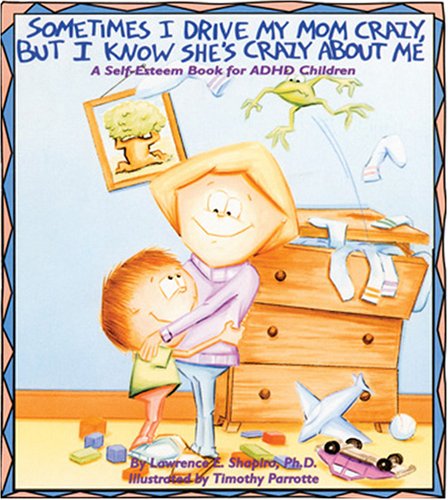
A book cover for Sometimes I Drive My Mom Crazy, But I Know She's Crazy About Me: A Self-Esteem Book for Overactive and Impulsive Children; Lawrence E. Shapiro; Health, Fitness & Dieting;